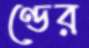
ণ্ডের